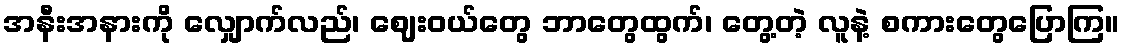
အနီးအနားကို လျှောက်လည်၊ ဈေးဝယ်တွေ ဘာတွေထွက်၊ တွေ့တဲ့ လူနဲ့ စကားတွေပြောကြ။